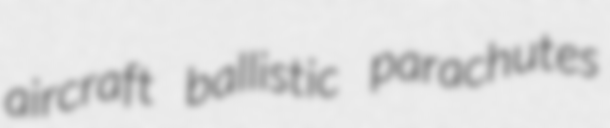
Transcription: aircraft ballistic parachutes